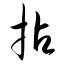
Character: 拈